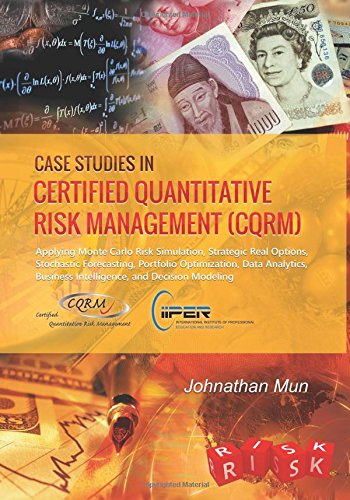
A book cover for Case Studies in Certified Quantitative Risk Management (CQRM): Applying Monte Carlo Risk Simulation, Strategic Real Options, Stochastic Forecasting, ... Business Intelligence, and Decision Modeling; Dr. Johnathan Mun; Business & Money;